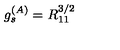
g _ { s } ^ { ( A ) } = R _ { 1 1 } ^ { 3 / 2 }